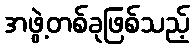
အဖွဲ့တစ်ခုဖြစ်သည့်